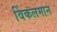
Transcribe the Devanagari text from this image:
विंकलमान